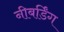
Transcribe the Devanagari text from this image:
नीबर्डिंग